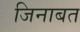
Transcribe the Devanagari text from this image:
जिनाबत